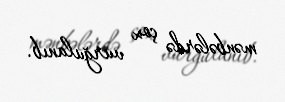
mənbələrdə çox vurğulanıb.